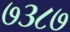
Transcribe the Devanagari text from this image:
७३८७